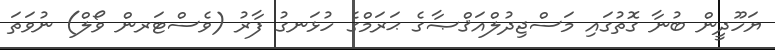
ޔަހޫދީން ބުނާ ގޮތުގައި މަސްޖިދުލްއަޤްޞާގެ ޙަރަމްގެ ހުޅަނގު ފާރު (ވެސްޓަރން ވޯލް) ނުވަތަ